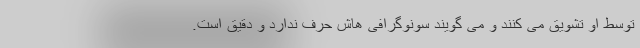
توسط او تشویق می کنند و می گویند سونوگرافی هاش حرف ندارد و دقیق است.